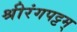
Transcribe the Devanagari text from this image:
श्रीरंगपट्टम्